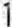
1